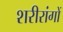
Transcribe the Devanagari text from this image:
शरीरांगों